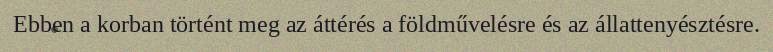
Ebben a korban történt meg az áttérés a földművelésre és az állattenyésztésre.